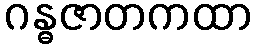
ဂန္ဓဇာတကထာ